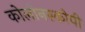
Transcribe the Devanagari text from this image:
कोलोनस्कोपी